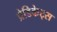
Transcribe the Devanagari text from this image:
प्रेडिकेट्स